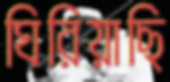
ঘিরিয়াছি